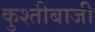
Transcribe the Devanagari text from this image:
कुश्तीबाजी